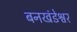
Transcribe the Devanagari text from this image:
बनखंडेश्वर